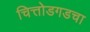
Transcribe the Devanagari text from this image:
चित्तोडगडचा